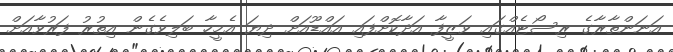
އަނަންތާރާގެ ރިސޯޓެއްގައި ވަޒީފާ އަދާކޮށްފައި އައްޑޫއަށް ދިޔަ އެމީހާ ބަލިވެގެން އިތުރު ފަރުވާއަށް